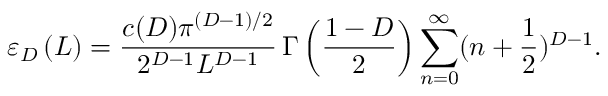
\varepsilon _ { D } \left( L \right) = \frac { c ( D ) \pi ^ { ( D - 1 ) / 2 } } { 2 ^ { D - 1 } L ^ { D - 1 } } \, \Gamma \left( \frac { 1 - D } { 2 } \right) \sum _ { n = 0 } ^ { \infty } ( n + \frac 1 { 2 } ) ^ { D - 1 } .